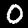
Label: 0